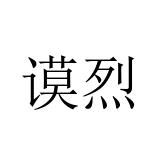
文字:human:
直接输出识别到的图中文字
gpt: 谟烈